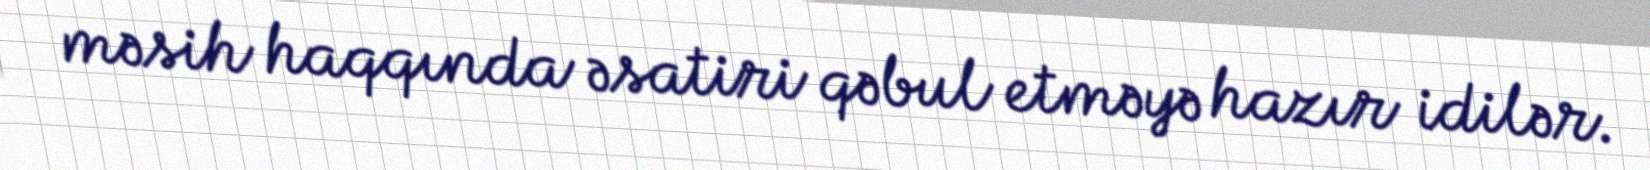
məsih haqqında əsatiri qəbul etməyə hazır idilər.